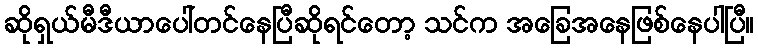
ဆိုရှယ်မီဒီယာပေါ်တင်နေပြီဆိုရင်တော့ သင်က အခြေအနေဖြစ်နေပါပြီ။